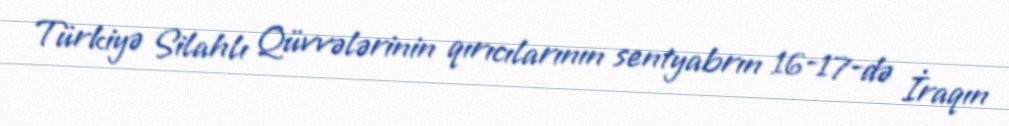
Türkiyə Silahlı Qüvvələrinin qırıcılarının sentyabrın 16-17-də İraqın